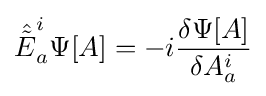
{\hat {\tilde {E}}}_{a}^{i}\Psi [A]=-i{\delta \Psi [A] \over \delta A_{a}^{i}}